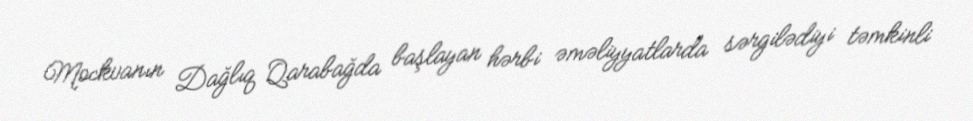
Mockvanın Dağlıq Qarabağda başlayan hərbi əməliyyatlarda sərgilədiyi təmkinli